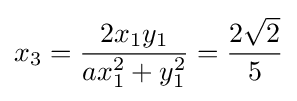
x_{3}={\frac {2x_{1}y_{1}}{ax_{1}^{2}+y_{1}^{2}}}={\frac {2{\sqrt {2}}}{5}}